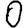
Digit: 0